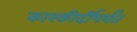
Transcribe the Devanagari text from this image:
कारकीर्दीपर्यंत